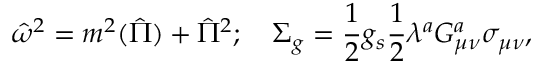
{ \hat { \omega } } ^ { 2 } = m ^ { 2 } ( { \hat { \Pi } } ) + { \hat { \Pi } } ^ { 2 } ; \quad \Sigma _ { g } = { \frac { 1 } { 2 } } g _ { s } { \frac { 1 } { 2 } } \lambda ^ { a } G _ { \mu \nu } ^ { a } \sigma _ { \mu \nu } ,